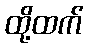
ထို့ထက်